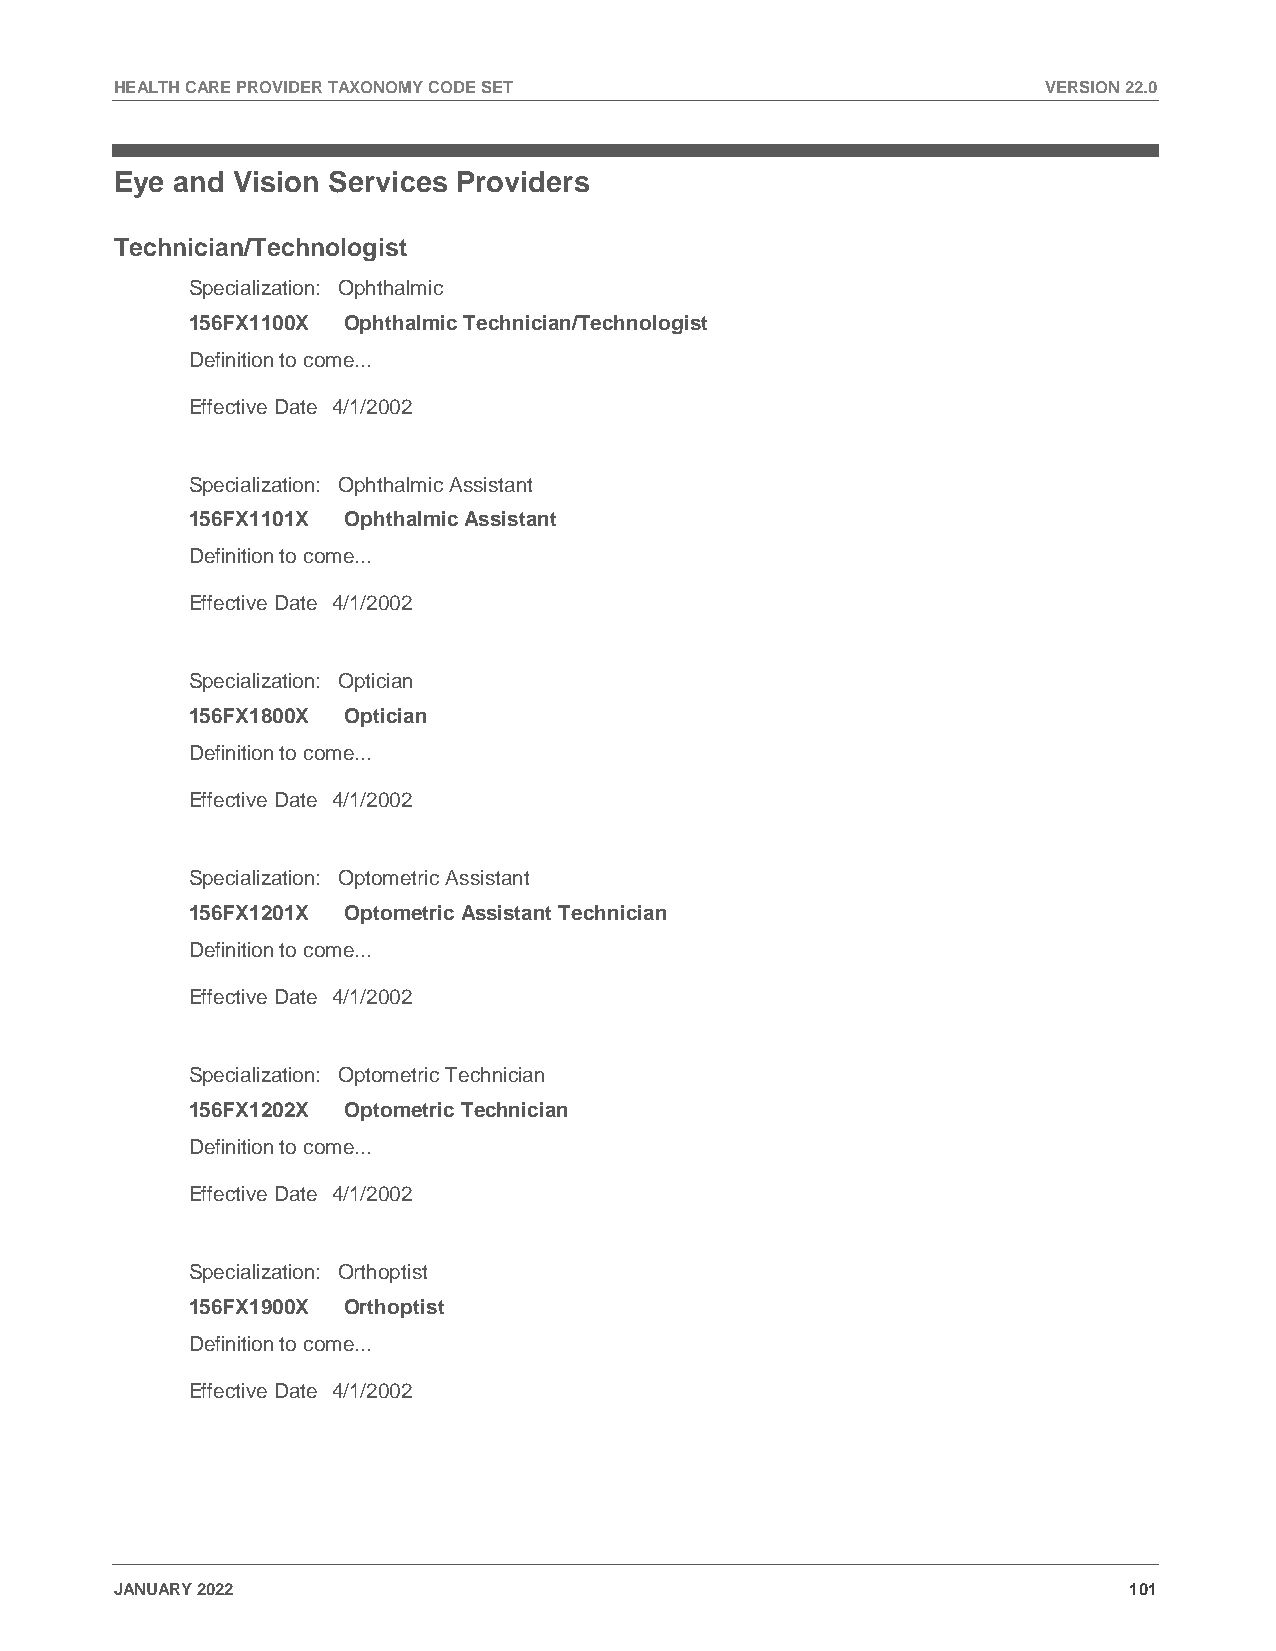
HEALTH CARE PROVIDER TAXONOMY CODE SET                       VERSION 22.0
 Eye and Vision Services Providers
 Technician/Technologist
 Specialization: Ophthalmic
 156FX1100X Ophthalmic Technician/Technologist
 Definition to come...
 Effective Date 4/1/2002
 Specialization: Ophthalmic Assistant
 156FX1101X Ophthalmic Assistant
 Definition to come...
 Effective Date 4/1/2002
 Specialization: Optician
 156FX1800X Optician
 Definition to come...
 Effective Date 4/1/2002
 Specialization: Optometric Assistant
 156FX1201X Optometric Assistant Technician
 Definition to come...
 Effective Date 4/1/2002
 Specialization: Optometric Technician
 156FX1202X Optometric Technician
 Definition to come...
 Effective Date 4/1/2002
 Specialization: Orthoptist
 156FX1900X Orthoptist
 Definition to come...
 Effective Date 4/1/2002
 JANUARY 2022                                                       101